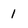
Character: 1